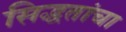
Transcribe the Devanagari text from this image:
सिद्धतांचा